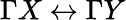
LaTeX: \Gamma X\leftrightarrow\Gamma Y